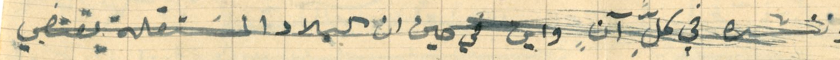
وننشده في كلِ آنٍ واين في حين ان البلاد المسَتقلة يقتضي